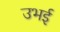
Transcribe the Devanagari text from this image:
उभई